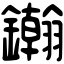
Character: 𨯪